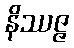
နိဿဇ္ဇ